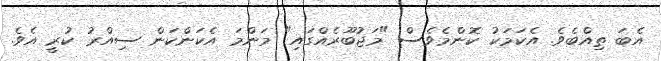
އެބަ ތިއްބެވެ. އެކަމަކު ކޮންމެވެސް "މަޖުބޫރެއްގައި" މަންމަ އެކަންކަން ސިއްރު ކުރީ އެވެ.